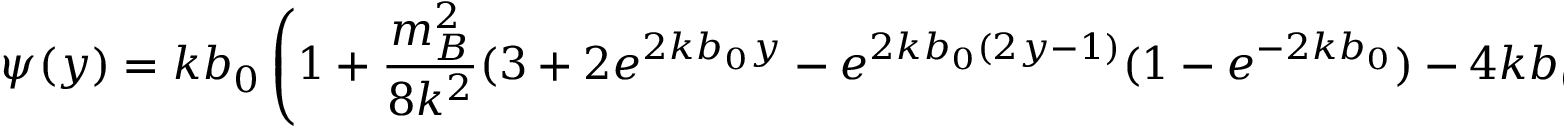
\psi ( y ) = k b _ { 0 } \left( 1 + \frac { m _ { B } ^ { 2 } } { 8 k ^ { 2 } } ( 3 + 2 e ^ { 2 k b _ { 0 } y } - e ^ { 2 k b _ { 0 } ( 2 y - 1 ) } ( 1 - e ^ { - 2 k b _ { 0 } } ) - 4 k b _ { 0 } ( 1 + y ) ) , \right)